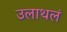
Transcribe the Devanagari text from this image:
उलाथलं